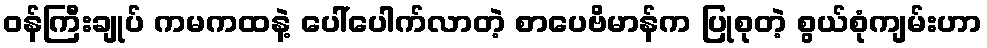
ဝန်ကြီးချုပ် ကမကထနဲ့ ပေါ်ပေါက်လာတဲ့ စာပေဗိမာန်က ပြုစုတဲ့ စွယ်စုံကျမ်းဟာ